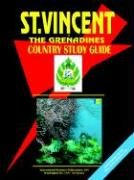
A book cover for Saint Vincent and the Grenadines Country Study Guide; Travel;